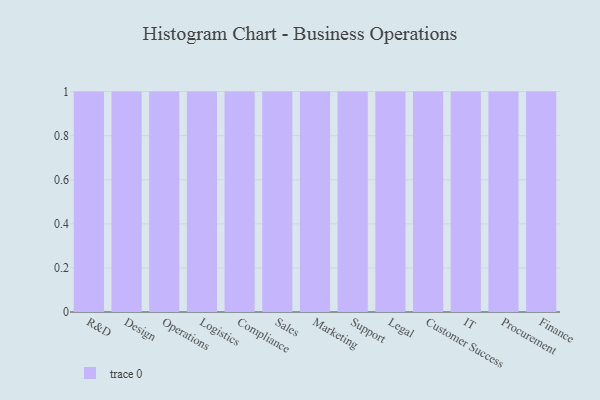
{"axis": {"x": "Department", "y": "Market Share (%)"}, "legend": [""], "data": [{"x": "R&D", "y": 17, "type": ""}, {"x": "Design", "y": 91, "type": ""}, {"x": "Operations", "y": 22, "type": ""}, {"x": "Logistics", "y": 15, "type": ""}, {"x": "Compliance", "y": 25, "type": ""}, {"x": "Sales", "y": 86, "type": ""}, {"x": "Marketing", "y": 28, "type": ""}, {"x": "Support", "y": 81, "type": ""}, {"x": "Legal", "y": 5, "type": ""}, {"x": "Customer Success", "y": 92, "type": ""}, {"x": "IT", "y": 96, "type": ""}, {"x": "Procurement", "y": 73, "type": ""}, {"x": "Finance", "y": 28, "type": ""}]}